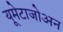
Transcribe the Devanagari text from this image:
यूमेटाजोअन